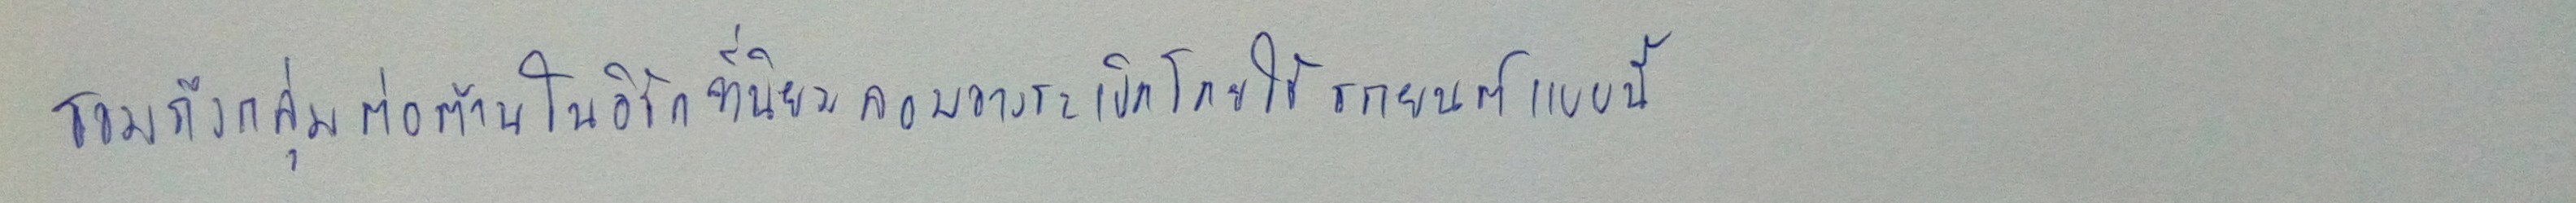
รวมถึงกลุ่มต่อต้านในอิรักที่นิยมลอบวางระเบิดโดยใช้รถยนต์แบบนี้